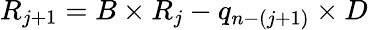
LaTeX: R_{j+1}=B\times R_{j}-q_{n-(j+1)}\times D